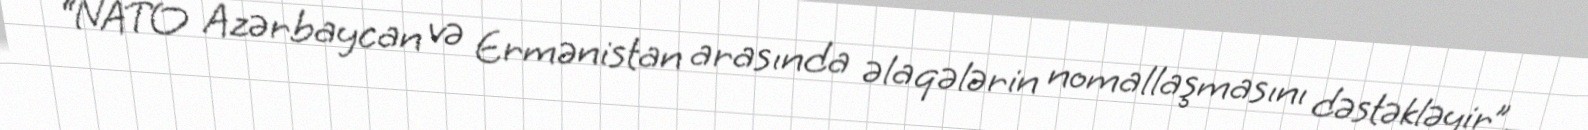
“NATO Azərbaycan və Ermənistan arasında əlaqələrin nomallaşmasını dəstəkləyir”,